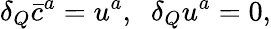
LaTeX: \delta_{Q}\bar{c}^{a}=u^{a},\; \; \delta_{Q}u^{a}=0,